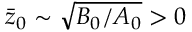
\Bar { z } _ { 0 } \sim \sqrt { B _ { 0 } / A _ { 0 } } > 0